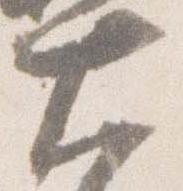
大